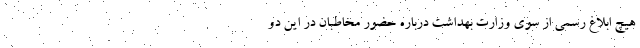
هیچ ابلاغ رسمی از سوی وزارت بهداشت درباره حضور مخاطبان در این دو